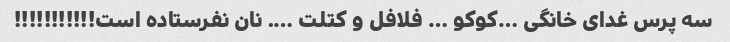
سه پرس غدای خانگی …کوکو … فلافل و کتلت …. نان نفرستاده است!!!!!!!!!!!